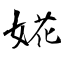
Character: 婲